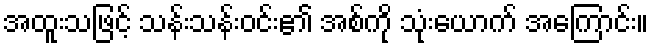
အထူးသဖြင့် သန်းသန်းဝင်း၏ အစ်ကို သုံးယောက် အကြောင်း။